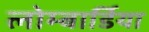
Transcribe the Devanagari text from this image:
लोम्बार्डिया